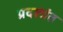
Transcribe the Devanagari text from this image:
प्रदशांत